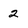
Character: 2